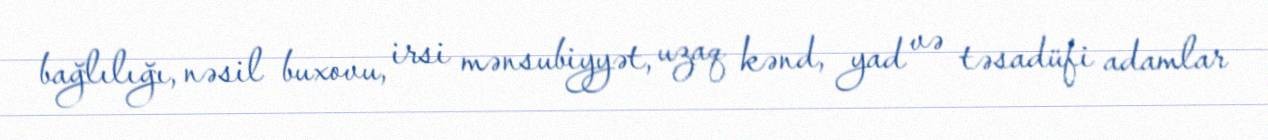
bağlılığı, nəsil buxovu, irsi mənsubiyyət, uzaq kənd, yad və təsadüfi adamlar